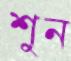
শুন